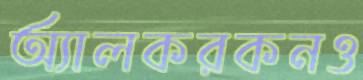
অ্যালকরকনও